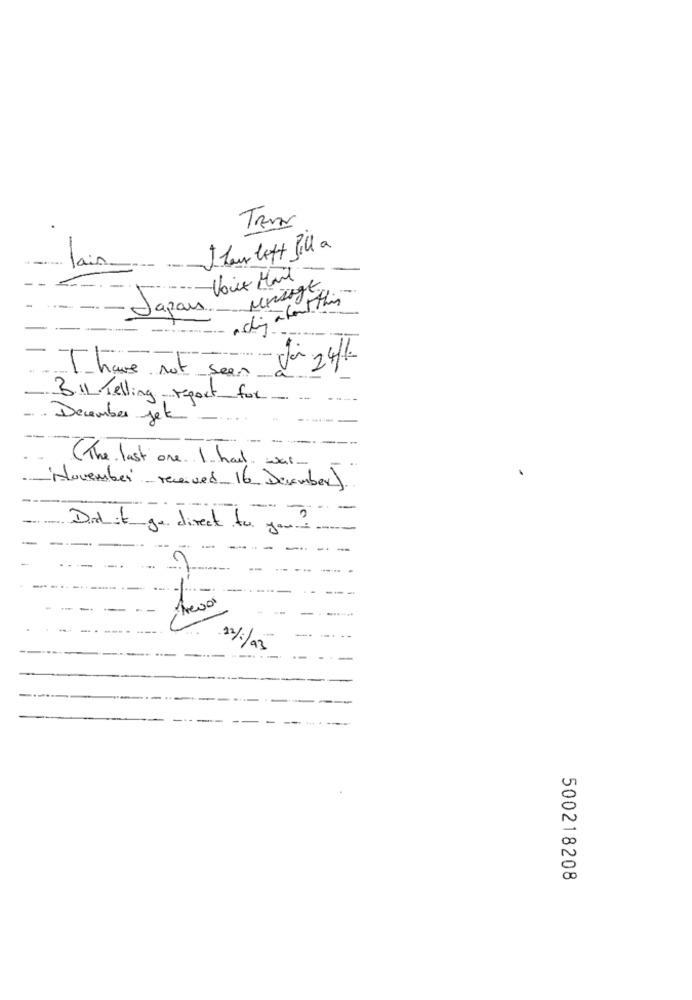
TRAN
Shaw left Jill a
.....
lais
- Voix Mart
unigt
-
Japan.
---
T have not seen ver 24/1.
3.11 Telling report for
-. . December jete
---
( The last one . I had wait.
-"November- received 16 December)
-
Did it go direct to you?
3
-
-
12/1/3
500218208